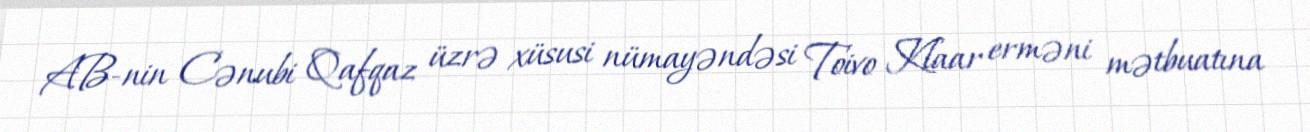
AB-nin Cənubi Qafqaz üzrə xüsusi nümayəndəsi Toivo Klaar erməni mətbuatına